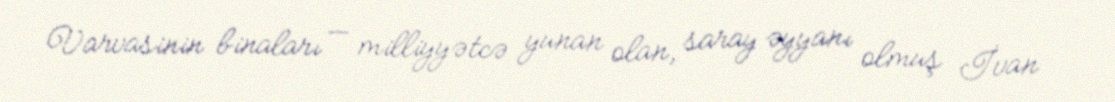
Varvasinin binaları — milliyyətcə yunan olan, saray əyyanı olmuş İvan